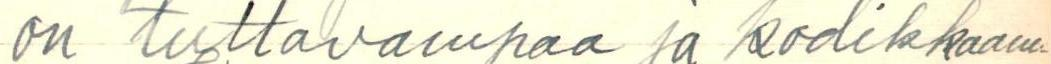
on tuttvampaa ja kodikkaam-